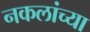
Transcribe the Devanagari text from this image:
नकलांच्या